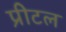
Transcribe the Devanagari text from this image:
प्रीटल